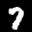
Label: 7